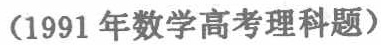
（1991年数学高考理科题）